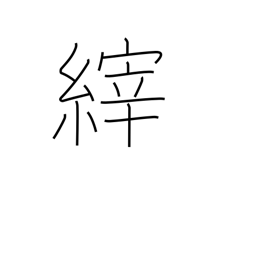
Meaning: breath